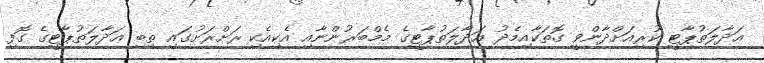
ޢަދާލަތުޕާޓީ ކުރިއަށްދާންވީ ގޮތަކާއިމެދު ޢަދާލަތުޕާޓީގެ މެމްބަރުންނާއި އެކިއެކި ރަށްރަށުގައި ތިބި ޢަދާލަތުޕާޓީގެ ގޮފި